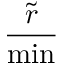
\frac { \tilde { r } } { \operatorname* { m i n } }